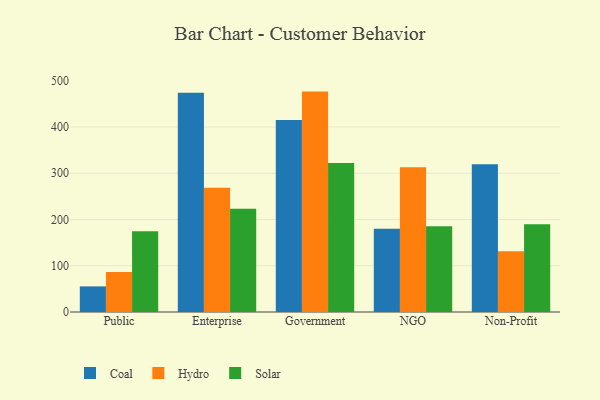
{"axis": {"x": "Segment", "y": "Shipments"}, "legend": ["Coal", "Hydro", "Solar"], "data": [{"x": "Public", "y": 55.4, "type": "Coal"}, {"x": "Public", "y": 86.4, "type": "Hydro"}, {"x": "Public", "y": 174.4, "type": "Solar"}, {"x": "Enterprise", "y": 474.0, "type": "Coal"}, {"x": "Enterprise", "y": 268.6, "type": "Hydro"}, {"x": "Enterprise", "y": 223.1, "type": "Solar"}, {"x": "Government", "y": 415.3, "type": "Coal"}, {"x": "Government", "y": 476.6, "type": "Hydro"}, {"x": "Government", "y": 322.3, "type": "Solar"}, {"x": "NGO", "y": 180.1, "type": "Coal"}, {"x": "NGO", "y": 313.1, "type": "Hydro"}, {"x": "NGO", "y": 185.5, "type": "Solar"}, {"x": "Non-Profit", "y": 319.6, "type": "Coal"}, {"x": "Non-Profit", "y": 131.4, "type": "Hydro"}, {"x": "Non-Profit", "y": 189.6, "type": "Solar"}]}